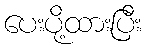
ပေးပို့ထားပြီး